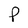
Character: P